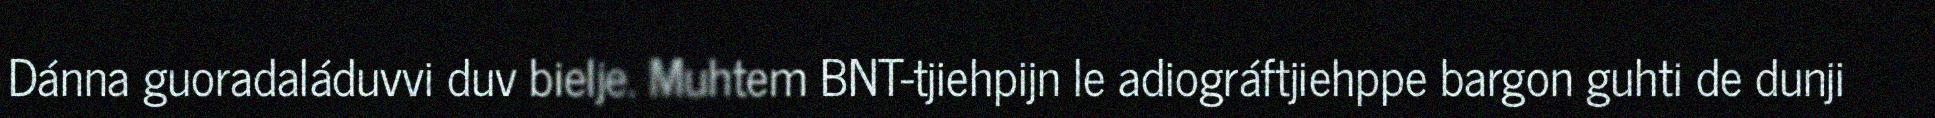
Dánna guoradaláduvvi duv bielje. Muhtem BNT-tjiehpijn le adiográftjiehppe bargon guhti de dunji